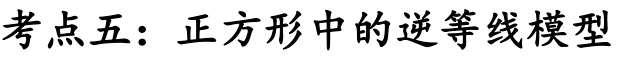
考点五：正方形中的逆等线模型